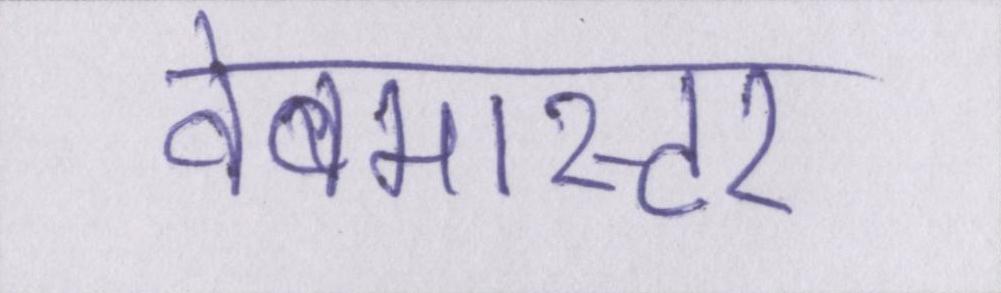
वेबमास्टर